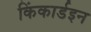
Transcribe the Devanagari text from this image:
किंकार्डइन